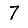
Digit: 7